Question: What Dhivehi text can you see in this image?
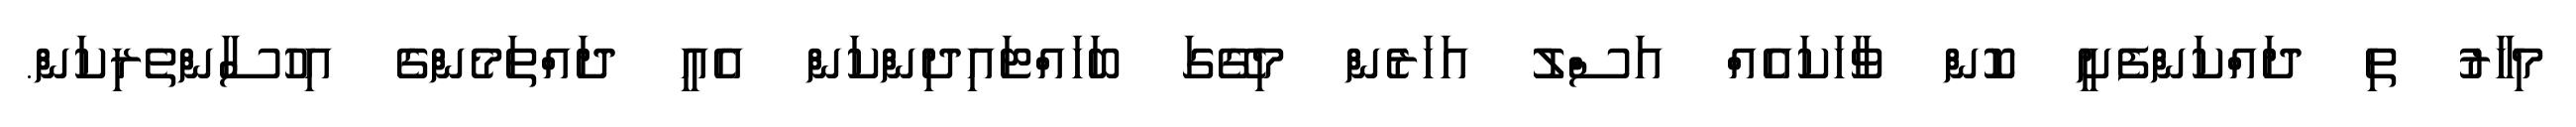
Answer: މިހާރު ތި ދައްކަންފެށީ ކޮން ވާހަކައެއް އަސްލު އަހަރެން މިގޭގަ ބަހައްޓައިދިންކަން އެއީ ދައްތަމެންގެ އިހުސާންތެރިކަން.